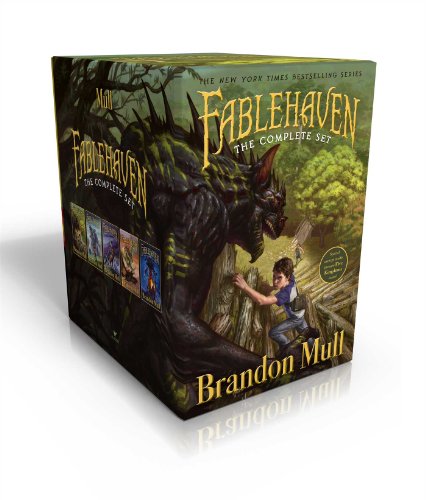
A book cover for Fablehaven Complete Set (Boxed Set): Fablehaven; Rise of the Evening Star; Grip of the Shadow Plague; Secrets of the Dragon Sanctuary; Keys to the Demon Prison; Brandon Mull; Children's Books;